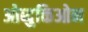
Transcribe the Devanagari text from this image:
ओब्दुक्तिओन